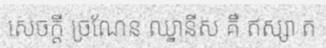
សេចក្តី ច្រណែន ឈ្នានីស គឺ ឥស្សា ត